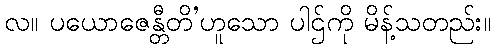
လ။ ပယောဇေန္တီတိ’ဟူသော ပါဌ်ကို မိန့်သတည်း။